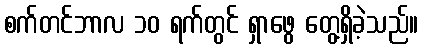
စက်တင်ဘာလ ၁၀ ရက်တွင် ရှာဖွေ တွေ့ရှိခဲ့သည်။